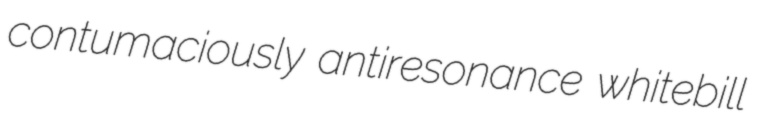
contumaciously antiresonance whitebill